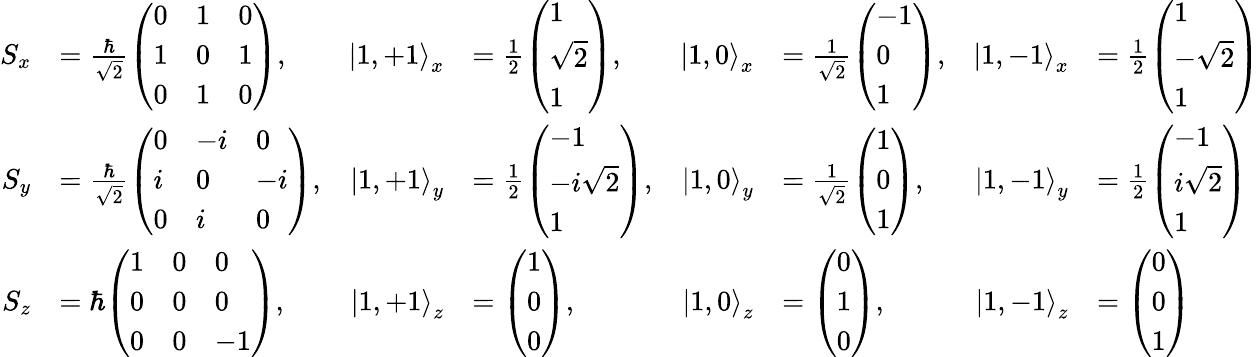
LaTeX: {\begin{array}{rlrlrlrl}{S_{x}}&{={\frac{\hbar}{\sqrt{2}}}{\left(\begin{array}{lll}{0}&{1}&{0}\\ {1}&{0}&{1}\\ {0}&{1}&{0}\end{array}\right)},}&{\left|1,+1\right\rangle_{x}}&{={\frac{1}{2}}{\left(\begin{array}{l}{1}\\ {{\sqrt{2}}}\\ {1}\end{array}\right)},}&{\left|1,0\right\rangle_{x}}&{={\frac{1}{\sqrt{2}}}{\left(\begin{array}{l}{-1}\\ {0}\\ {1}\end{array}\right)},}&{\left|1,-1\right\rangle_{x}}&{={\frac{1}{2}}{\left(\begin{array}{l}{1}\\ {{-{\sqrt{2}}}}\\ {1}\end{array}\right)}}\\ {S_{y}}&{={\frac{\hbar}{\sqrt{2}}}{\left(\begin{array}{lll}{0}&{-i}&{0}\\ {i}&{0}&{-i}\\ {0}&{i}&{0}\end{array}\right)},}&{\left|1,+1\right\rangle_{y}}&{={\frac{1}{2}}{\left(\begin{array}{l}{-1}\\ {-i{\sqrt{2}}}\\ {1}\end{array}\right)},}&{\left|1,0\right\rangle_{y}}&{={\frac{1}{\sqrt{2}}}{\left(\begin{array}{l}{1}\\ {0}\\ {1}\end{array}\right)},}&{\left|1,-1\right\rangle_{y}}&{={\frac{1}{2}}{\left(\begin{array}{l}{-1}\\ {i{\sqrt{2}}}\\ {1}\end{array}\right)}}\\ {S_{z}}&{=\hbar{\left(\begin{array}{lll}{1}&{0}&{0}\\ {0}&{0}&{0}\\ {0}&{0}&{-1}\end{array}\right)},}&{\left|1,+1\right\rangle_{z}}&{={\left(\begin{array}{l}{1}\\ {0}\\ {0}\end{array}\right)},}&{\left|1,0\right\rangle_{z}}&{={\left(\begin{array}{l}{0}\\ {1}\\ {0}\end{array}\right)},}&{\left|1,-1\right\rangle_{z}}&{={\left(\begin{array}{l}{0}\\ {0}\\ {1}\end{array}\right)}}\end{array}}